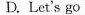
D. Let's go